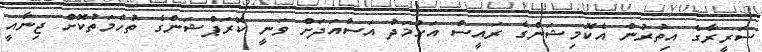
ސަރީރާގެ އިތުރުން އެކޮމިޝަންގެ ރައީސް އަހުމަދު އަސްއަދަށް ވަނީ ކޮރަޕްޝަންގެ ތުހުމަތުކޮށް ޖިނާއީ